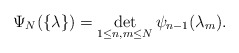
\begin{align*}\Psi_N(\{\lambda\})=\det_{1\leq n,m\leq N} \psi_{n-1}(\lambda_m).\end{align*}